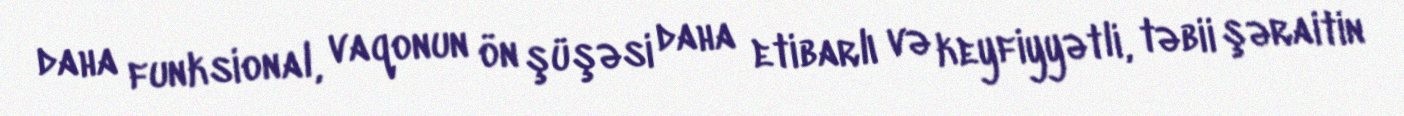
daha funksional, vaqonun ön şüşəsi daha etibarlı və keyfiyyətli, təbii şəraitin